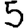
Digit: 5